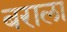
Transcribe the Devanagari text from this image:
बराला